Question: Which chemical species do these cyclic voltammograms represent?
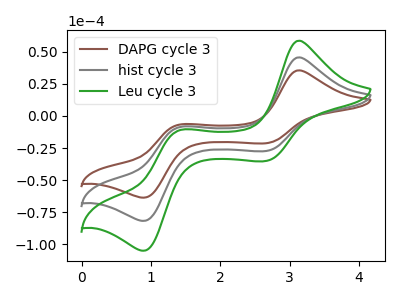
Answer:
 <answer>The brown curve is labeled "DAPG cycle 3". The gray curve is labeled "hist cycle 3". The green curve is labeled "Leu cycle 3".</answer>
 <eval></eval>